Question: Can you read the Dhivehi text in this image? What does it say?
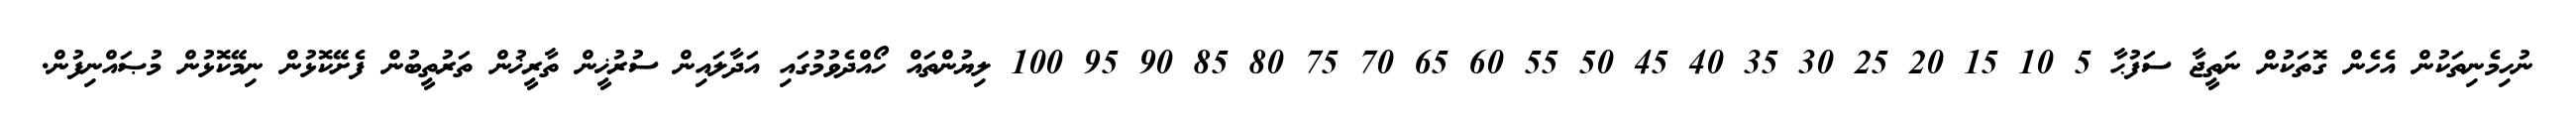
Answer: ނުހިމެނިތަކުން އެހެން ގޮތަކުން ނަތީޖާ ސަފުޙާ 5 10 15 20 25 30 35 40 45 50 55 60 65 70 75 80 85 90 95 100 ލިޔުންތައް ހޯއްދެވުމުގައި އަދާލައިން ސުރުޚީން ތާރީޚުން ތަރުތީބުން ފެށޭކޮޅުން ނިމޭކޮޅުން މުޞައްނިފުން.